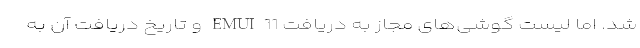
شد. اما لیست گوشی‌های مجاز به دریافت EMUI 11 و تاریخ دریافت آن به